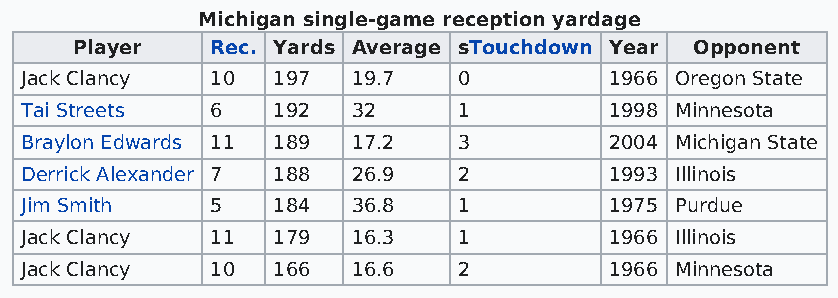
Michigan single-game reception yardage
 Player   Rec. Yards Average sTouchdown Year Opponent
 Jack Clancy  10  197  19.7   0         1966 Oregon State
 Tai Streets  6   192  32     1         1998 Minnesota
 Braylon Edwards 11 189 17.2  3         2004 Michigan State
 Derrick Alexander 7 188 26.9 2         1993 Illinois
 Jim Smith    5   184  36.8   1         1975 Purdue
 Jack Clancy  11  179  16.3   1         1966 Illinois
 Jack Clancy  10  166  16.6   2         1966 Minnesota